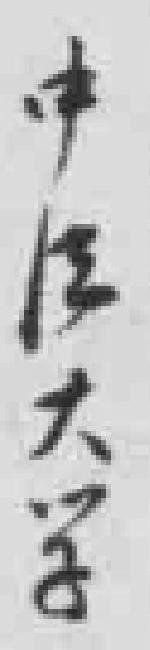
中法大学